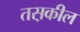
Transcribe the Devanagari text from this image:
तस़कील